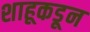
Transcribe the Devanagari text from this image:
शाहूकडून